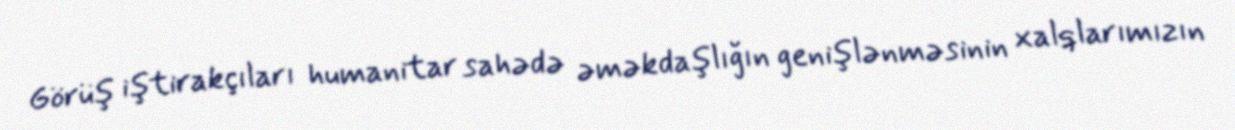
Görüş iştirakçıları humanitar sahədə əməkdaşlığın genişlənməsinin xalqlarımızın